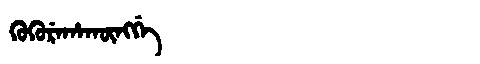
Manchu: ᡴᡠᡴᡠᡵᡝᡥᠠᡴᡡᠩᡤᡝ
Romanization: KUKUREHAKŪNGGE